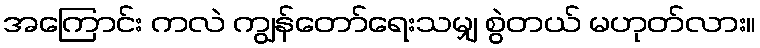
အကြောင်း ကလဲ ကျွန်တော်ရေးသမျှ စွဲတယ် မဟုတ်လား။